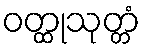
ဝတ္ထုသုတ္တံ